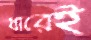
ধারেই